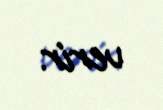
verir.